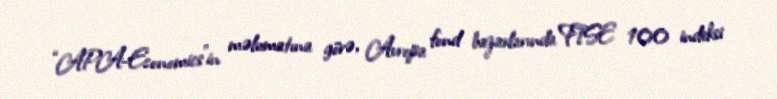
“APA-Economics”in məlumatına görə, Avropa fond bazarlarında FTSE 100 indeksi